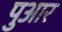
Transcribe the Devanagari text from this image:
पुआर